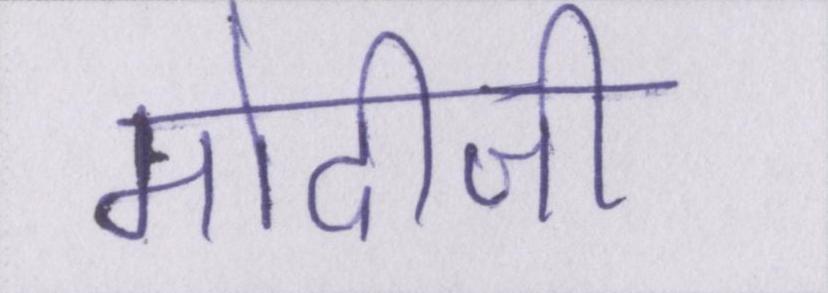
मोदीजी